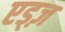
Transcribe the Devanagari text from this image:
एड्ज़